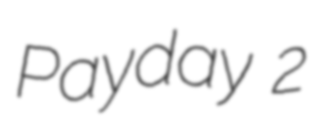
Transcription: Payday 2